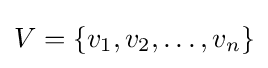
V=\{v_{1},v_{2},\dots ,v_{n}\}